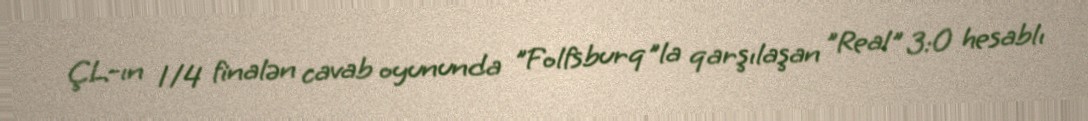
ÇL-ın 1/4 finalən cavab oyununda "Folfsburq"la qarşılaşan "Real" 3:0 hesablı